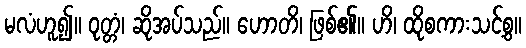
မလံဟူ၍။ ဝုတ္တံ၊ ဆိုအပ်သည်။ ဟောတိ၊ ဖြစ်၏။ ဟိ၊ ထိုစကားသင့်စွ။